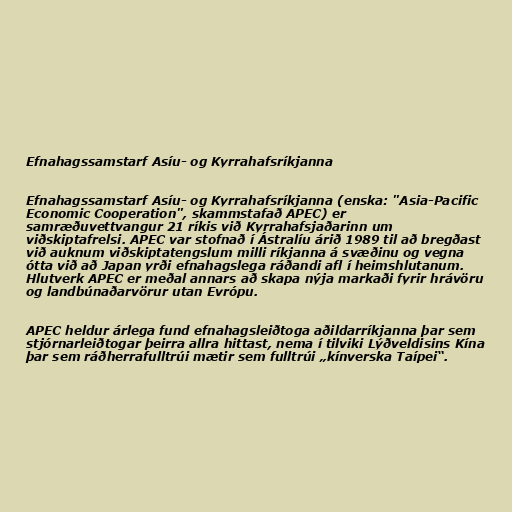
Efnahagssamstarf Asíu- og Kyrrahafsríkjanna

Efnahagssamstarf Asíu- og Kyrrahafsríkjanna (enska: "Asia-Pacific
Economic Cooperation", skammstafað APEC) er
samræðuvettvangur 21 ríkis við Kyrrahafsjaðarinn um
viðskiptafrelsi. APEC var stofnað í Ástralíu árið 1989 til að bregðast
við auknum viðskiptatengslum milli ríkjanna á svæðinu og vegna
ótta við að Japan yrði efnahagslega ráðandi afl í heimshlutanum.
Hlutverk APEC er meðal annars að skapa nýja markaði fyrir hrávöru
og landbúnaðarvörur utan Evrópu.

APEC heldur árlega fund efnahagsleiðtoga aðildarríkjanna þar sem
stjórnarleiðtogar þeirra allra hittast, nema í tilviki Lýðveldisins Kína
þar sem ráðherrafulltrúi mætir sem fulltrúi „kínverska Taípei“.